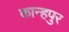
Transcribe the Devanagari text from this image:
कान्हपुर